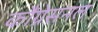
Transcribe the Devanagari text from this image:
कौंग्रेसनल